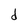
Character: d